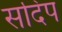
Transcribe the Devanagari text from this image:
सदिप